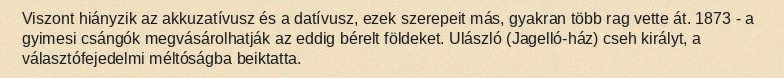
Viszont hiányzik az akkuzatívusz és a datívusz, ezek szerepeit más, gyakran több rag vette át. 1873 - a gyimesi csángók megvásárolhatják az eddig bérelt földeket. Ulászló (Jagelló-ház) cseh királyt, a választófejedelmi méltóságba beiktatta.